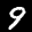
Label: 9